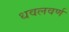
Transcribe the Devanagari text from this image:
धवलवर्ण